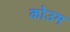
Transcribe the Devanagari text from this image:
कोउम